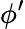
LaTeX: \phi^{\prime}